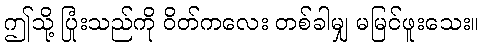
ဤသို့ ပြုံးသည်ကို ဝိတ်ကလေး တစ်ခါမျှ မမြင်ဖူးသေး။